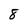
Character: 8